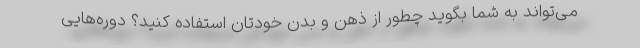
می‌تواند به شما بگوید چطور از ذهن و بدن خودتان استفاده کنید؟ دوره‌هایی